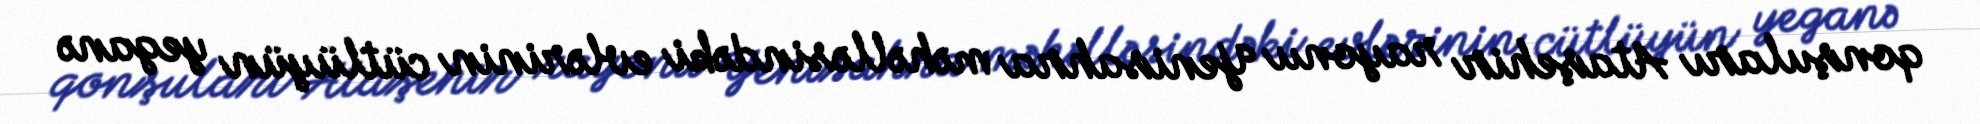
qonşuları Ataşehir rayonu Yenisahra məhəlləsindəki evlərinin cütlüyün yeganə